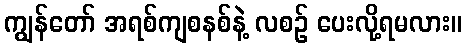
ကျွန်တော် အရစ်ကျစနစ်နဲ့ လစဉ် ပေးလို့ရမလား။